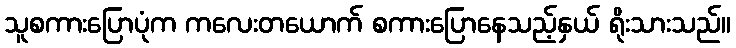
သူစကားပြောပုံက ကလေးတယောက် စကားပြောနေသည့်နှယ် ရိုးသားသည်။